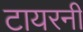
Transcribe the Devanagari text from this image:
टायरनी